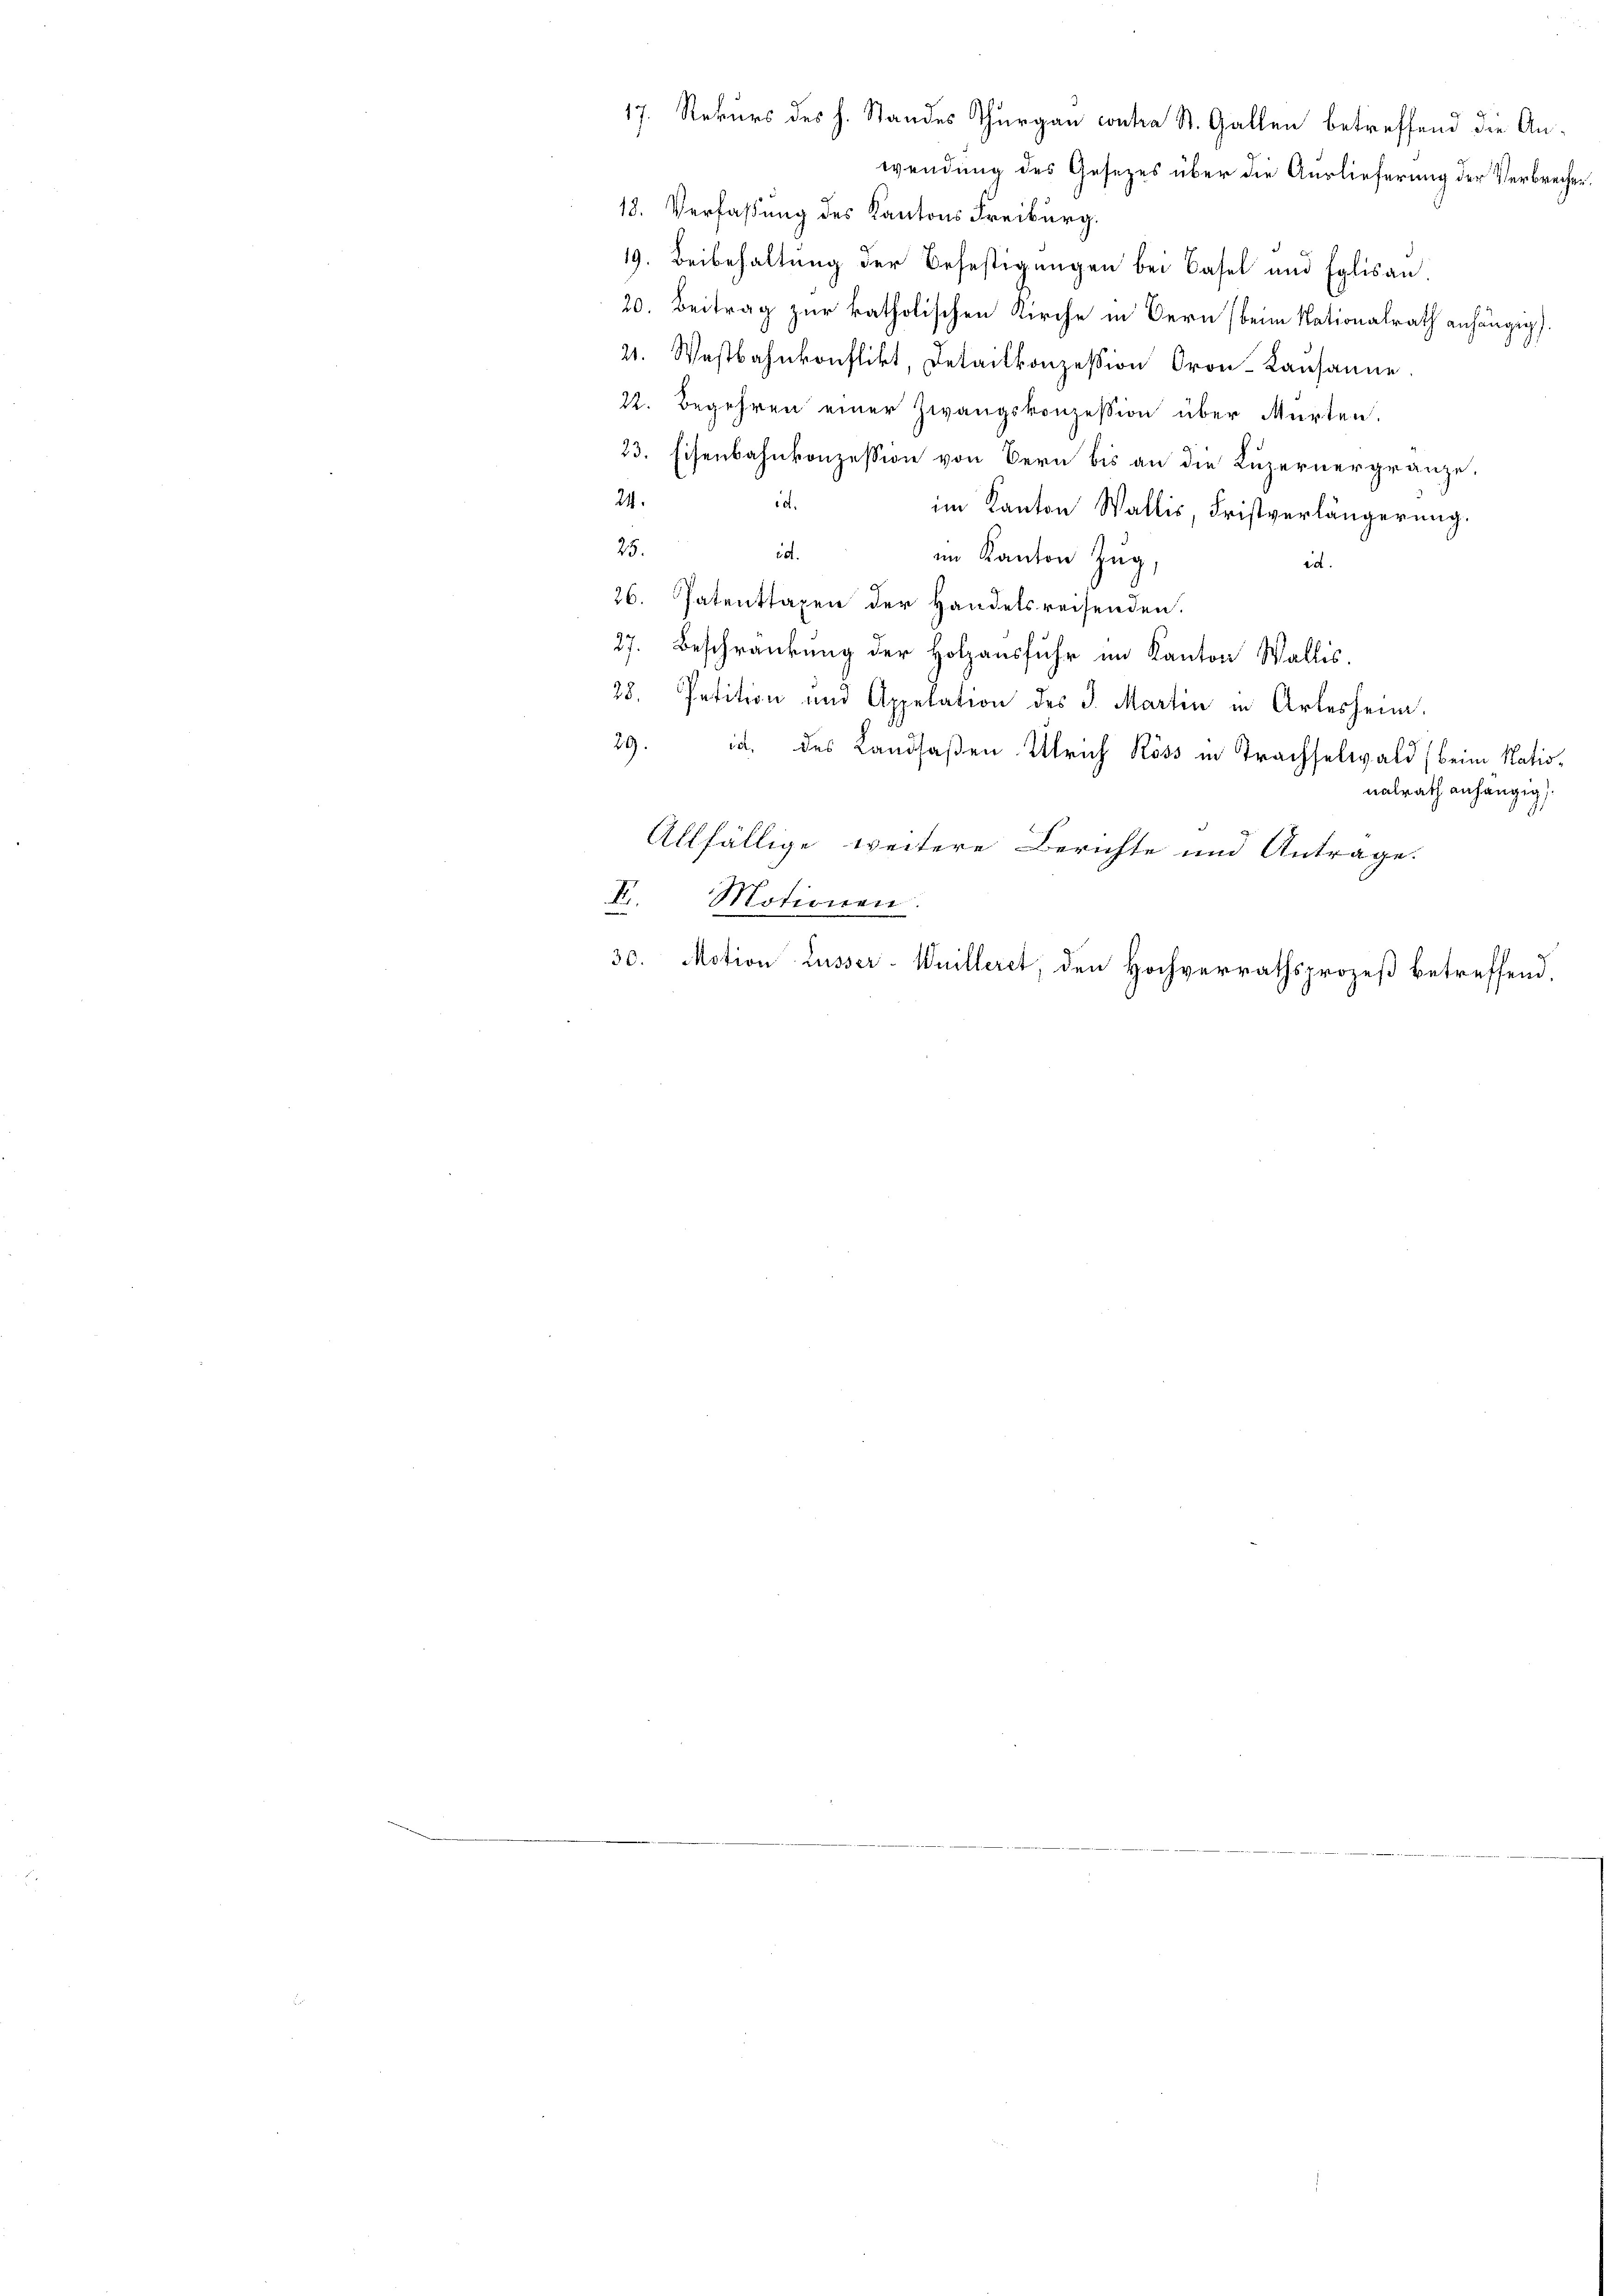
17. Rekurs des h. Standes Thurgau contra St. Gallen betreffend die An¬
18. Verfaßung des Kantons Freiburg.
19. Beibehaltung der Befestigungen bei Basel und Eglisau.
20. Beitrag zur katholischen Kirche in Bern (beim Nationalrath anhängig.
21. Wastbahnkonflikt, Detailkonzession Cron-Kausanne
22. Begehren einer Zwangskonzession über Murten.
23. Eisenbahnkonzession von Bern bis an die Luzernergränze.
24.
ed.
im Kanton Wallis, Fristverlängerung.
25.
ist.
im Kanton Zug
id.
26. Patenttaxen der Handelsreisenden.
27. Beschränkung der Holzausfuhr im Kanton Wallis,
28. Petition und Appelation des J. Martin in Arlesheim.
29. d. des Landsaßen Ulrich Ross in Trachselwald, beim Nationalrath anhängig
Allfällige weitere Berichte und Antrage.
F. Motionen
30. Motion Lusser-Wuilleret, den Hochverrathsprozeß betreffend,

wendung des Gesezes über die Auslieferung der Verbrechen.